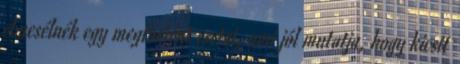
elmesélnék egy megtörtént esetet, ami jól mutatja, hogy kicsit